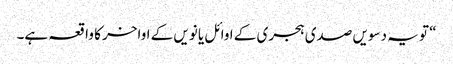
“ تو یہ دسویں صدی ہجری کے اوائل یا نویں کے اواخر کا واقعہ ہے۔